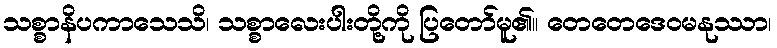
သစ္စာနိပကာသေသိ၊ သစ္စာလေးပါးတို့ကို ပြတော်မူ၏။ တေတေဒေဝမနုဿာ၊